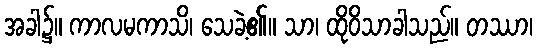
အခါ၌။ ကာလမကာသိ၊ သေခဲ့၏။ သာ၊ ထိုဝိသာခါသည်။ တဿာ၊